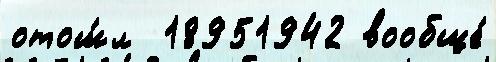
отош́л  18951942 вообще́